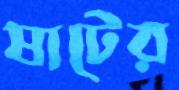
ষাটের